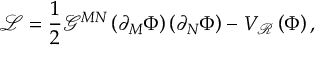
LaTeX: \mathcal { L } = \frac { 1 } { 2 } \mathcal { G } ^ { M N } \left( \partial _ { M } \Phi \right) \left( \partial _ { N } \Phi \right) - V _ { \mathcal { R } } \left( \Phi \right) ,